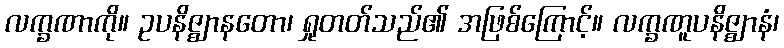
လက္ခဏာကို။ ဥပနိဇ္ဈာနတော၊ ရှုတတ်သည်၏ အဖြစ်ကြောင့်။ လက္ခဏူပနိဇ္ဈာနံ၊